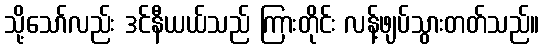
သို့သော်လည်း ဒင်နီယယ်သည် ကြားတိုင်း လန့်ဖျပ်သွားတတ်သည်။